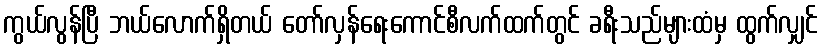
ကွယ်လွန်ပြီ ဘယ်လောက်ရှိတယ် တော်လှန်ရေးကောင်စီလက်ထက်တွင် ခရီးသည်များထံမှ ထွက်လျှင်